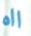
ااه